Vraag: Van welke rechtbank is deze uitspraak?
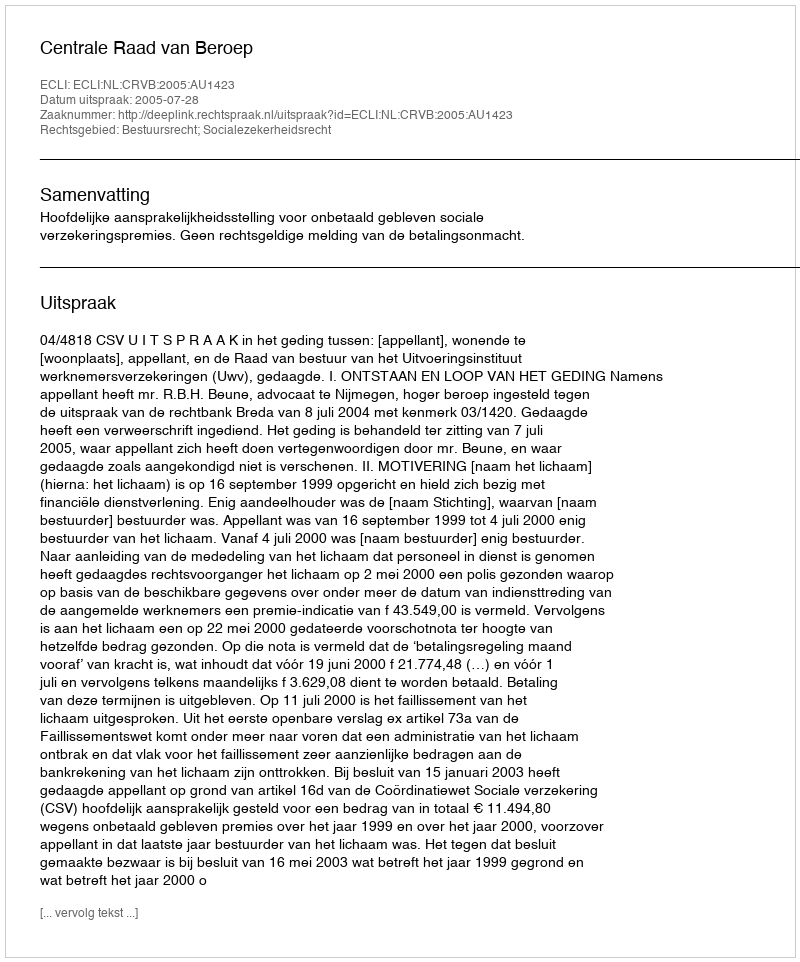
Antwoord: Centrale Raad van Beroep